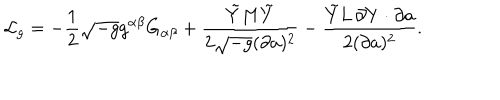
{ \cal L } _ { g } = - { \frac { 1 } { 2 } } \sqrt { - g } g ^ { \alpha \beta } G _ { \alpha \beta } + { \frac { \tilde { Y } M \tilde { Y } } { 2 \sqrt { - g } ( \partial a ) ^ { 2 } } } - { \frac { \tilde { Y } L \, \partial Y \cdot \partial a } { 2 ( \partial a ) ^ { 2 } } } .